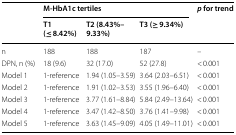
| <ROWSPAN=2>  | <COLSPAN=3> M-HbA1c tertiles | <ROWSPAN=2> p for trend |
 | T1 (≤ 8.42%) | T2 (8.43%–9.33%) | T3 (≥ 9.34%) |
 | --- | --- | --- | --- | --- |
 | n | 188 | 188 | 187 | – |
 | DPN, n (%) | 18 (9.6) | 32 (17.0) | 52 (27.8) | < 0.001 |
 | Model 1 | 1-reference | 1.94 (1.05–3.59) | 3.64 (2.03–6.51) | < 0.001 |
 | Model 2 | 1-reference | 1.91 (1.02–3.53) | 3.55 (1.96–6.40) | < 0.001 |
 | Model 3 | 1-reference | 3.77 (1.61–8.84) | 5.84 (2.49–13.64) | < 0.001 |
 | Model 4 | 1-reference | 3.47 (1.42–8.50) | 3.76 (1.41–9.98) | < 0.001 |
 | Model 5 | 1-reference | 3.63 (1.45–9.09) | 4.05 (1.49–11.01) | < 0.001 |